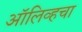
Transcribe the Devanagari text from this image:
ऑलिव्हचा